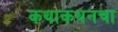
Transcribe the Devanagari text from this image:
कथाकथनचा